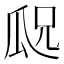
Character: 𬎢